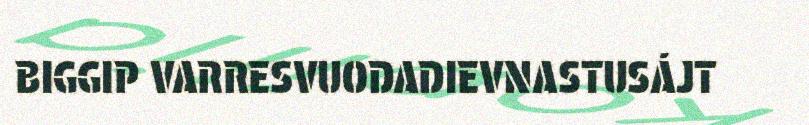
BIGGIP VARRESVUODADIEVNASTUSÁJT